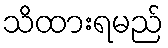
သိထားရမည်